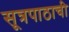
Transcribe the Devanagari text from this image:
सूत्रपाठाची